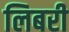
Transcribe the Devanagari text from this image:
लिबरी